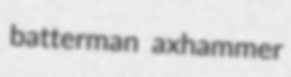
batterman axhammer